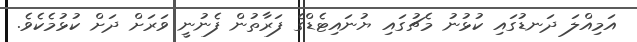
އަމިއްލަ ދަނޑުގައި ކުޅުނު މެޗުގައި ޔުނައިޓެޑްގެ ފަރާތުން ފެނުނީ ވަރަށް ދަށް ކުޅުމެކެވެ.